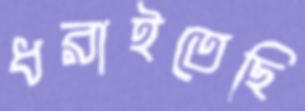
ধরাইতেছি